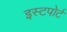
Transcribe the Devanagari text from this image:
इस्टपोर्ट